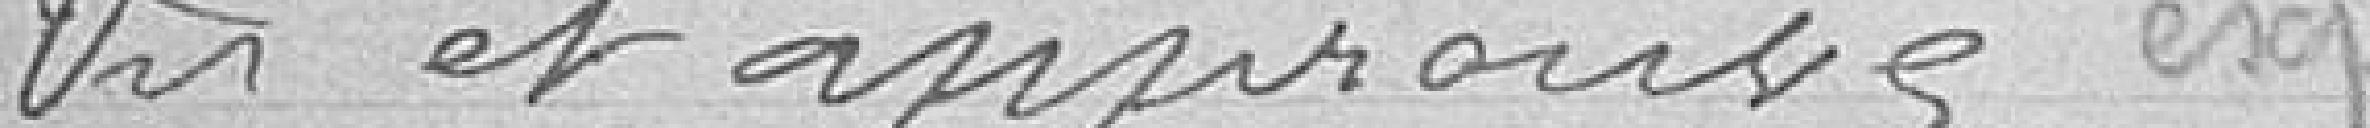
Vu et approuvé